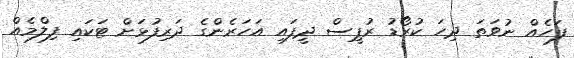
ފަހެއް ނުވަތަ ދިހަ ކުރޯޑު ރުޕީސް ދީފައި އަހަރެންގެ ދަރިފުޅަށް ޓަކައި ފިލްމެއް